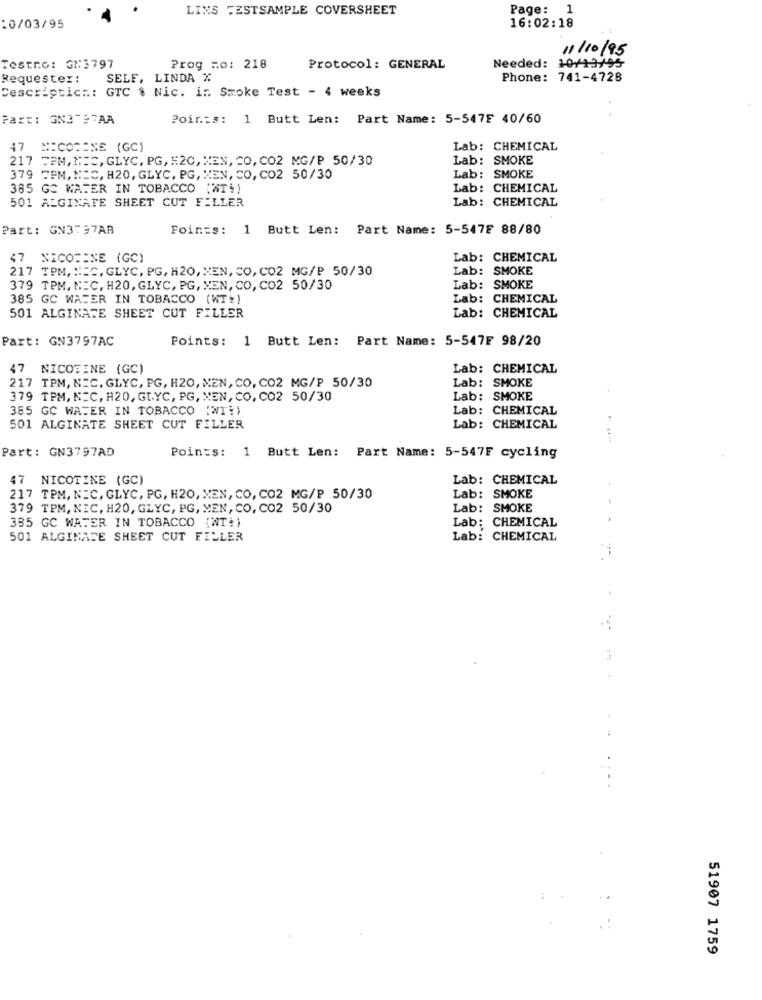
LINS FESTSAMPLE COVERSHEET
Page: 1
10/03/95
16:02:18
11/10/95
Testro: GN3797
Prog =o: 218
Protocol: GENERAL
Needed: 10/13/95
Requestex :
SELE, LINDA %
Phone: 741-4728
Descriptic ..: GTC . Nic. ir. Smoke Test - 4 weeks
Part: GN3797AA
Points: 1 Butt Len: Part Name: 5-547F 40/60
47
NICOTINE (GC)
Lab: CHEMICAL
217 TEM, NES, GLYC. PG, 520, MEN, CO, CO2 MG/P 50/30
Lab: SMOKE
379 5PM, MEC, H20, GLYC, PG, MEN, CO, CO2 50/30
Lab: SMOKE
385 GC WATER IN TOBACCO (NT!)
Lab: CHEMICAL
501 ALGINATE SHEET CUT FILLER
Lab: CHEMICAL
Part: GN3737AB
Points: 1 Butt Len: Part Name: 5-547E 88/80
47
NICOTINE (GC)
Lab: CHEMICAL
217 TPM, N=C, GLYC, PG, H20, MEN, CO, CO2 MG/P 50/30
Lab: SMOKE
379 TPM, N.C, H20, GLYC, PG, MEN, CO, CO2 50/30
Lab: SMOKE
385 GC WATER IN TOBACCO (WT:)
Lab: CHEMICAL
Lab: CHEMICAL
501 ALGINATE SHEET CUT FILLER
Part: GN3797AC
Points: 1 Butt Len: Part Name: 5-547F 98/20
47
NICOTINE (GC)
Lab: CHEMICAL
217 TPM, NIC, GLYC, PG, H20, MEN, CO, CO2 MG/P 50/30
Lab: SMOKE
379 TPM, N.C, H20, GLYC, PG, MEN, CO, CO2 50/30
Lab: SMOKE
385 GC WATER IN TOBACCO (NT!)
Lab: CHEMICAL
501 ALGINATE SHEET CUT FILLER
Lab: CHEMICAL
Part: GN3797AD
Points: 1 Butt Len: Part Name: 5-547F cycling
47 NICOTINE (GC)
Lab: CHEMICAL
Lab: SMOKE
217 TPM, NIC, GLYC, PG, H20, XEN, CO, CO2 MG/P 50/30
379 TPM, NIC, H20, GLYC, PG, MEN, CO, CO2 50/30
Lab: SMOKE
335 GC WATER IN TOBACCO (NT+)
Lab: CHEMICAL
501 ALGINATE SHEET CUT FILLER
Lab: CHEMICAL
51907 1759